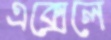
এক্সেলে